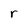
Character: r